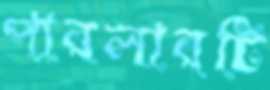
পারলারটি